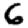
Digit: 6